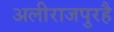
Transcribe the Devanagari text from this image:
अलीराजपुरहै